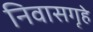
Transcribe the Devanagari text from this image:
निवासगृहे